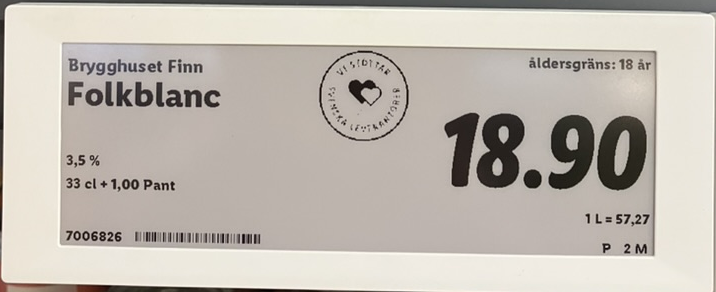
Vara: Folkblanc
Genomsnittspris: 57.27 per L